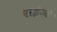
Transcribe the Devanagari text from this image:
राईआं